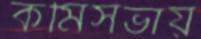
কর্মিসভায়